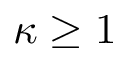
\kappa \geq 1